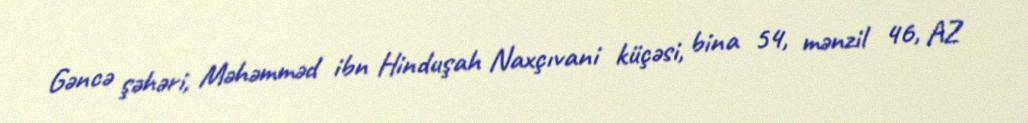
Gəncə şəhəri, Məhəmməd ibn Hinduşah Naxçıvani küçəsi, bina 54, mənzil 46, AZ